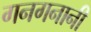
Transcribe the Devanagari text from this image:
गनगनानी